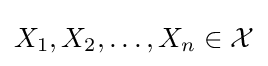
X_{1},X_{2},\ldots ,X_{n}\in {\mathcal {X}}